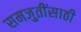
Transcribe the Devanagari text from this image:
समजुतींसाठी